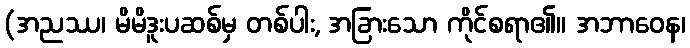
(အညဿ၊ မိမိဒူးပဆစ်မှ တစ်ပါး, အခြားသော ကိုင်စရာ၏။ အဘာဝေန၊